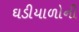
ઘડીયાળોની